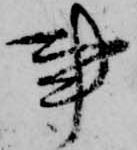
事